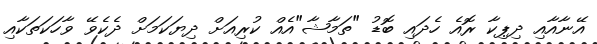
އޭނާއާއި ދިޕިކާ ރޮއެ ހެދައި ބޮޑު "ތަމާޝާ"އެއް ކުރިއަށް ދިޔަކަމަށް ދެކެވޭ ވާހަކަތަކާއި